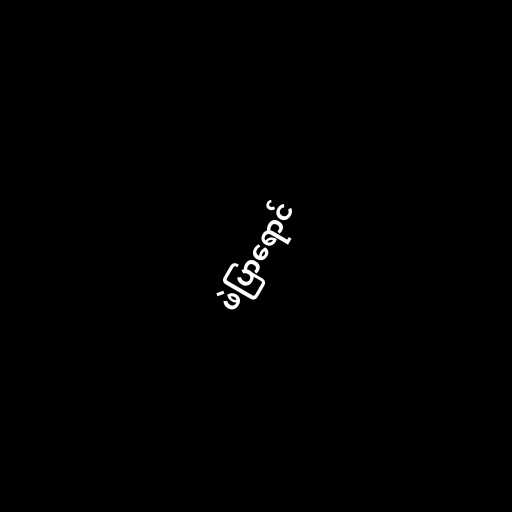
ဖဲပြာရောင်